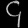
Digit: ၄